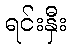
ရင်းနှီး